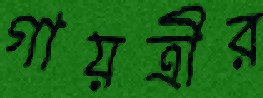
গায়ত্রীর